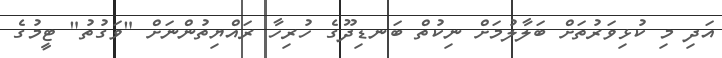
އަދި މި ކުޅިވަރުތަށް ބަލާލުމަށް ނިކުތް ބަނޑިދޫގެ ހުރިހާ ރައްޔިތުންނަށް "ވަގުތު" ޓީމުގެ